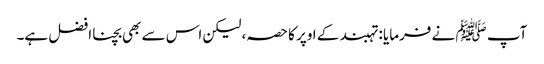
آپ ﷺ نے فرمایا : تہبند کے اوپر کا حصہ، لیکن اس سے بھی بچنا افضل ہے۔